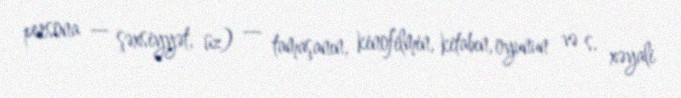
persona — şəxsiyyət, üz) — tamaşanın, kinofilmin, kitabın, oyunun və s. xəyali